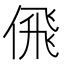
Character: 𠋉